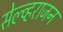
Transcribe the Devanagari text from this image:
सेल्व्हराजन